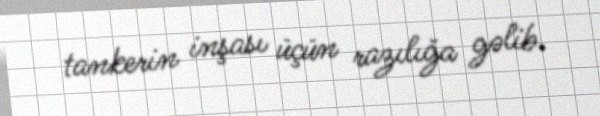
tankerin inşası üçün razılığa gəlib.